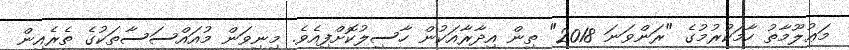
މަޢުލޫމާތު ހާމަކުރުމުގެ "ރަންވަނަ 2018" ތިން އިދާރާއަކުން ހާސިލުކޮށްފިއެވެ. މިނިވަން މުއައްސަސާތަކުގެ ތެރެއިން